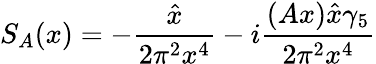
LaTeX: S_{A}(x)=-\frac{\hat{x}}{2\pi^{2}x^{4}}-i\frac{(Ax)\hat{x}\gamma_{5}}{2\pi^{2}x^{4}}